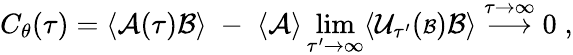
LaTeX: C_{\theta}(\tau)=\langle{\cal A}(\tau){\cal B}\rangle\; -\; \langle{\cal A}\rangle\operatorname*{lim}_{\tau^{\prime}\rightarrow\infty}\langle{\cal U}_{\tau^{\prime}}({\scriptstyle{\cal B}}){\cal B}\rangle\stackrel{\tau\rightarrow\infty}{\longrightarrow}0\; ,